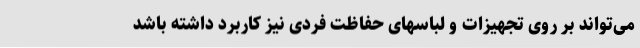
می‌تواند بر روی تجهیزات و لباسهای حفاظت فردی نیز کاربرد داشته باشد